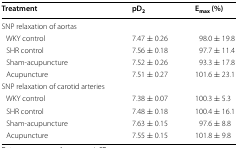
| Treatment | pD2 | Emax (%) |
 | --- | --- | --- |
 | <COLSPAN=3> SNP relaxation of aortas |
 | WKY control | 7.47 ± 0.26 | 98.0 ± 19.8 |
 | SHR control | 7.56 ± 0.18 | 97.7 ± 11.4 |
 | Sham-acupuncture | 7.52 ± 0.26 | 93.3 ± 17.8 |
 | Acupuncture | 7.51 ± 0.27 | 101.6 ± 23.1 |
 | <COLSPAN=3> SNP relaxation of carotid arteries |
 | WKY control | 7.38 ± 0.07 | 100.3 ± 5.3 |
 | SHR control | 7.48 ± 0.18 | 100.4 ± 16.1 |
 | Sham-acupuncture | 7.63 ± 0.15 | 97.6 ± 8.8 |
 | Acupuncture | 7.55 ± 0.15 | 101.8 ± 9.8 |